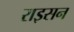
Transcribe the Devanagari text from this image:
राइसन